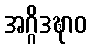
အဂ္ဂိဒဍ္ဎာဝ